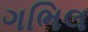
ગભિલ